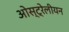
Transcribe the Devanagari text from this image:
ओस्ट्रेलीयन